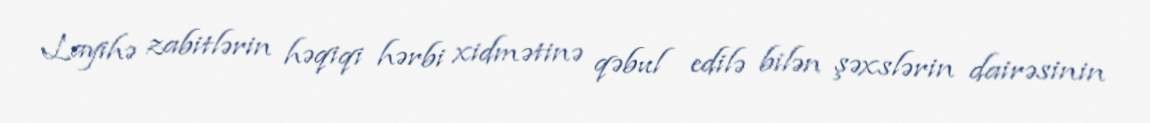
Layihə zabitlərin həqiqi hərbi xidmətinə qəbul edilə bilən şəxslərin dairəsinin